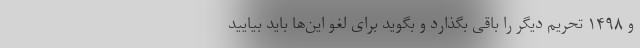
و ۱۴۹۸ تحریم دیگر را باقی بگذارد و بگوید برای لغو این‌ها باید بیایید